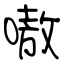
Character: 嗷